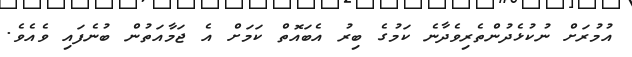
އުމުރަށް ނުކުޅެދުންތެރިވެދާނެ ކަމުގެ ބިރު އެބައޮތް ކަމަށް އެ ޖަމާއަތުން ބުނެފައި ވެއެވެ.